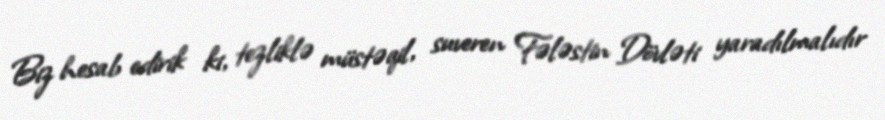
Biz hesab edirik ki, tezliklə müstəqil, suveren Fələstin Dövləti yaradılmalıdır